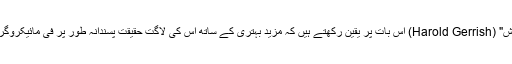
بہرحال ناسا کے "ہیرالڈ گیررش" (Harold Gerrish) اس بات پر یقین رکھتے ہیں کہ مزید بہتری کے ساتھ اس کی لاگت حقیقت پسندانہ طور پر فی مائیکروگرام پانچ ہزار ڈالر ہو جائے گی۔